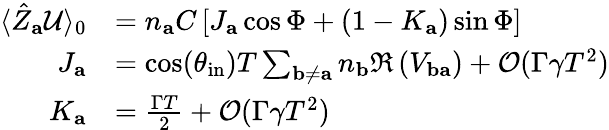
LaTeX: \begin{array}{rl}{\langle\hat{Z}_{\mathbf{a}}\mathcal{U}\rangle_{0}}&{=n_{\mathbf{a}}C\left[J_{\mathbf{a}}\cos\Phi+\left(1-K_{\mathbf{a}}\right)\sin\Phi\right]}\\ {J_{\mathbf{a}}}&{=\cos(\theta_{\mathrm{in}})T\sum_{\mathbf{b}\neq\mathbf{a}}n_{\mathbf{b}}\Re\left(V_{\mathbf{ba}}\right)+\mathcal{O}(\Gamma\gamma T^{2})}\\ {K_{\mathbf{a}}}&{=\frac{\Gamma T}{2}+\mathcal{O}(\Gamma\gamma T^{2})}\end{array}